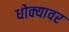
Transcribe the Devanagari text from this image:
धोक्यावर